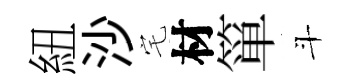
紐沙宅材箪斗